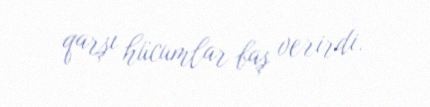
qarşı hücumlar baş verirdi.